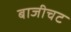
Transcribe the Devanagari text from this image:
बाजीचट